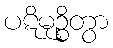
ပဋိမုဉ္စိတွာ